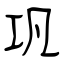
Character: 巩